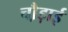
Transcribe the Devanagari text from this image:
चौ़ड़ाई